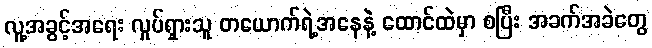
လူ့အခွင့်အရေး လှုပ်ရှားသူ တယောက်ရဲ့အနေနဲ့ ထောင်ထဲမှာ စပြီး အခက်အခဲတွေ